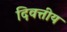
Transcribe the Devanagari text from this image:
दिवत्तीय